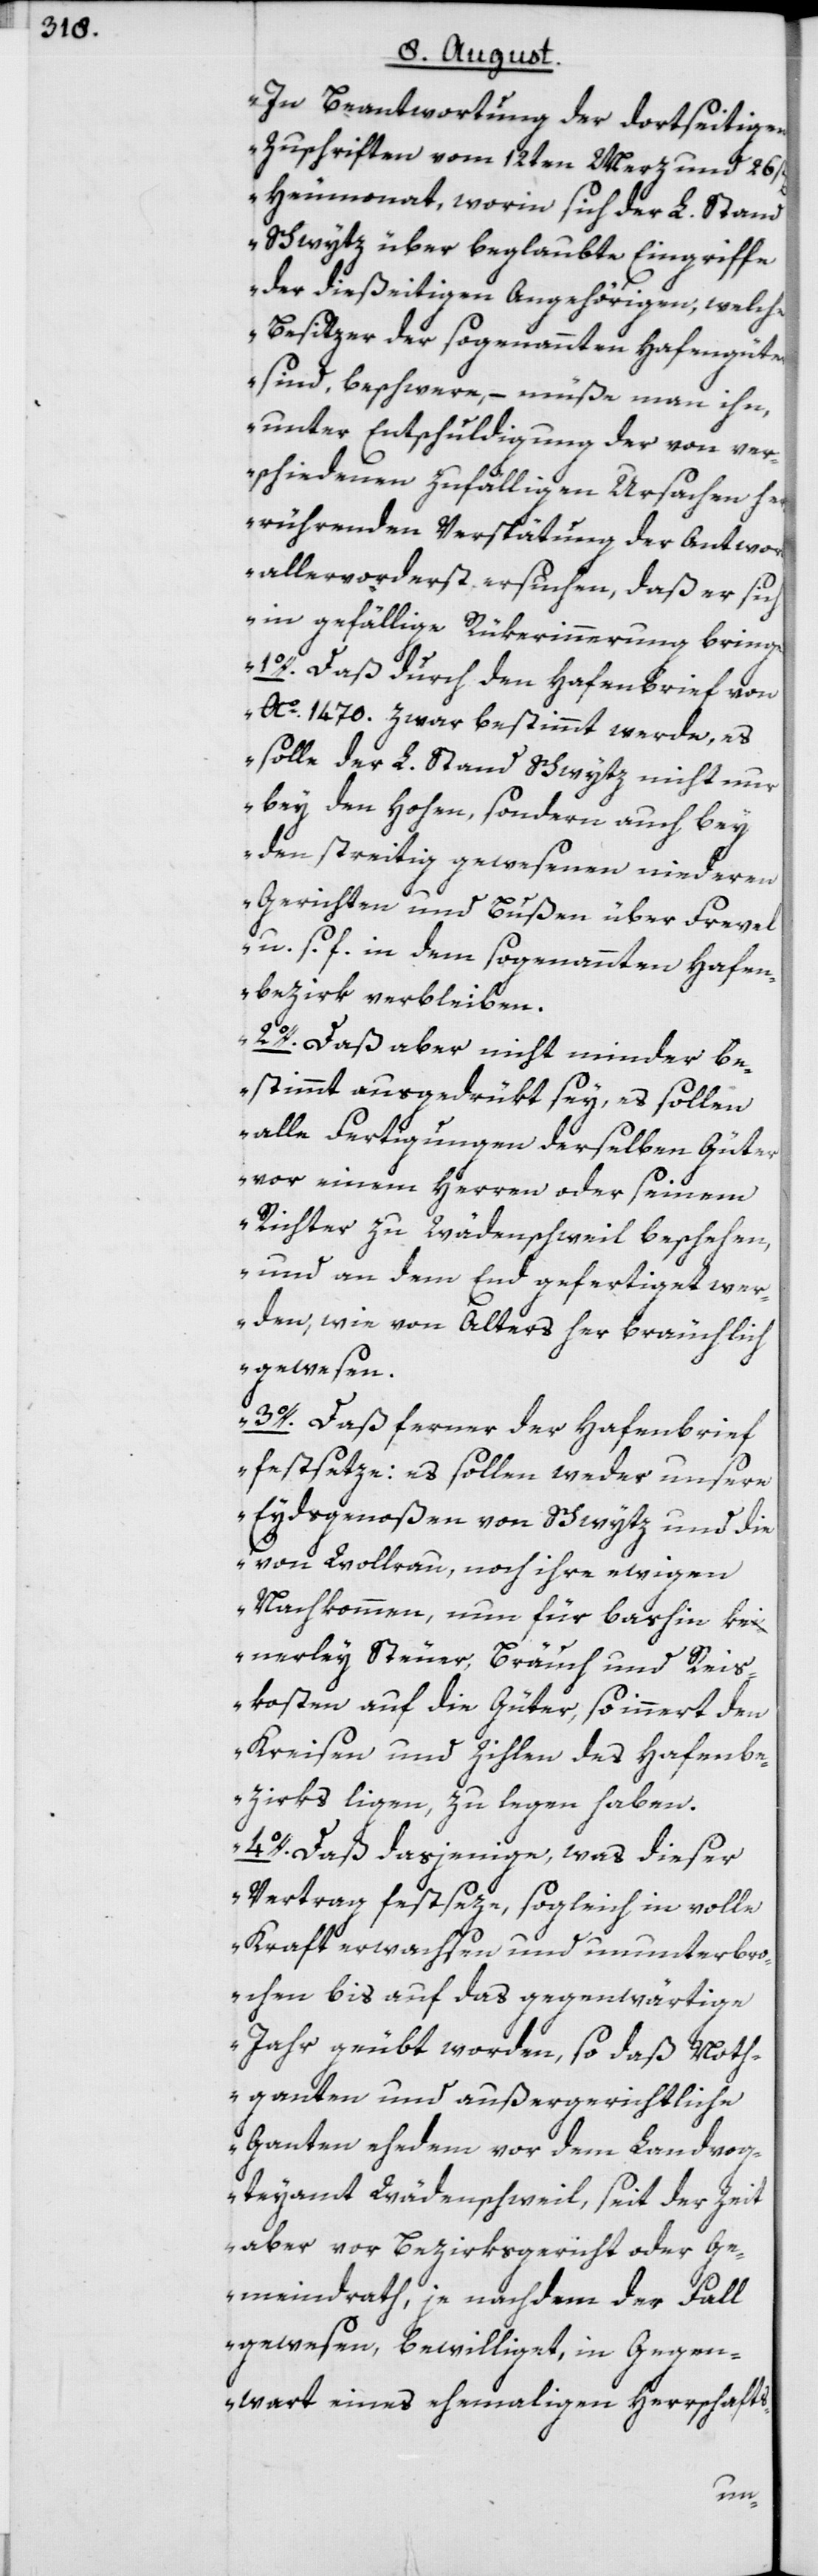
„In Beantwortung der dortseitigen
Zuschriften vom 12ten Merz und 26st[e¬
Heumonat, worin sich der L. Stand
Schwytz über beglaubte Eingriffe
der dießeitigen Angehörigen, welche
Besitzer der sogenannten Hafengüter
sind, beschwere, – müße man ihn,
unter Entschuldigung der von ver¬
schiedenen zufälligen Ursachen he¬
rrührenden Verspätung der Antwort,
allervorderst ersuchen, daß er sich
in gefällige Rükerinnerung bringe:
1o. Daß durch den Hafenbrief von
Ao. 1470. zwar bestimmt werde, es
solle der L. Stand Schwytz nicht nur
bey den hohen, sondern auch bey
den streitig gewesenen niederen
Gerichten und Bußen über Frevel
u. s. f. in dem sogenannten Hafen¬
bezirk verbleiben.
2o. Daß aber nicht minder be¬
stimmt ausgedrükt sey, es sollen
alle Fertigungen derselben Güter
vor einem Herren oder seinem
Richter zu Wädenschweil beschehen,
und an dem End gefertiget wer¬
den, wie von Alters her bräuchlich
gewesen.
3o. Daß ferner der Hafenbrief
festsetze: es sollen weder unsere
Eydsgenoßen von Schwytz und die
von Wollrau, noch ihre ewigen
Nachkommen, nun für bashin kei¬
nerley Steuer, Bräuch und Rei¬
skosten auf die Güter, so innert den
Kreisen und Zihlen des Hafenbe¬
zirks ligen, zu legen haben.
4o. Daß dasjenige, was dieser
Vertrag festseze, sogleich in volle
Kraft erwachsen und ununterbro¬
chen bis auf das gegenwärtige
Jahr geübt worden, so daß Noth¬
ganten und außergerichtliche
Ganten ehedem vor dem Landvog¬
teyamt Wädenschweil, seit der Zeit
aber vor Bezirksgericht oder Ge¬
meindrath, je nachdem der Fall
gewesen, bewilliget, in Gegen¬
wart eines ehemaligen Herrschafts-
n]